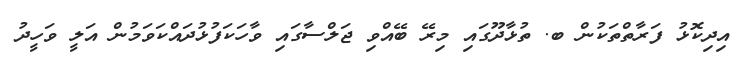
އިދިކޮޅު ފަރާތްތަކުން ބ. ތުޅާދޫގައި މިރޭ ބޭއްވި ޖަލްސާގައި ވާހަކަފުޅުދައްކަވަމުން އަލީ ވަހީދު